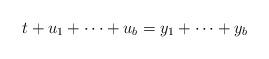
LaTeX: \begin{align*}t+u_1+\cdots+u_b=y_1+\cdots+y_b\end{align*}